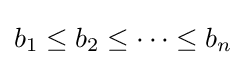
b_{1}\leq b_{2}\leq \cdots \leq b_{n}